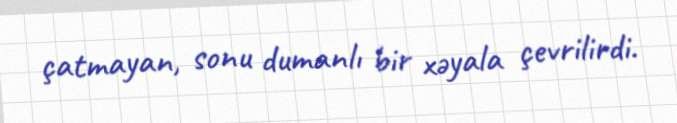
çatmayan, sonu dumanlı bir xəyala çevrilirdi.